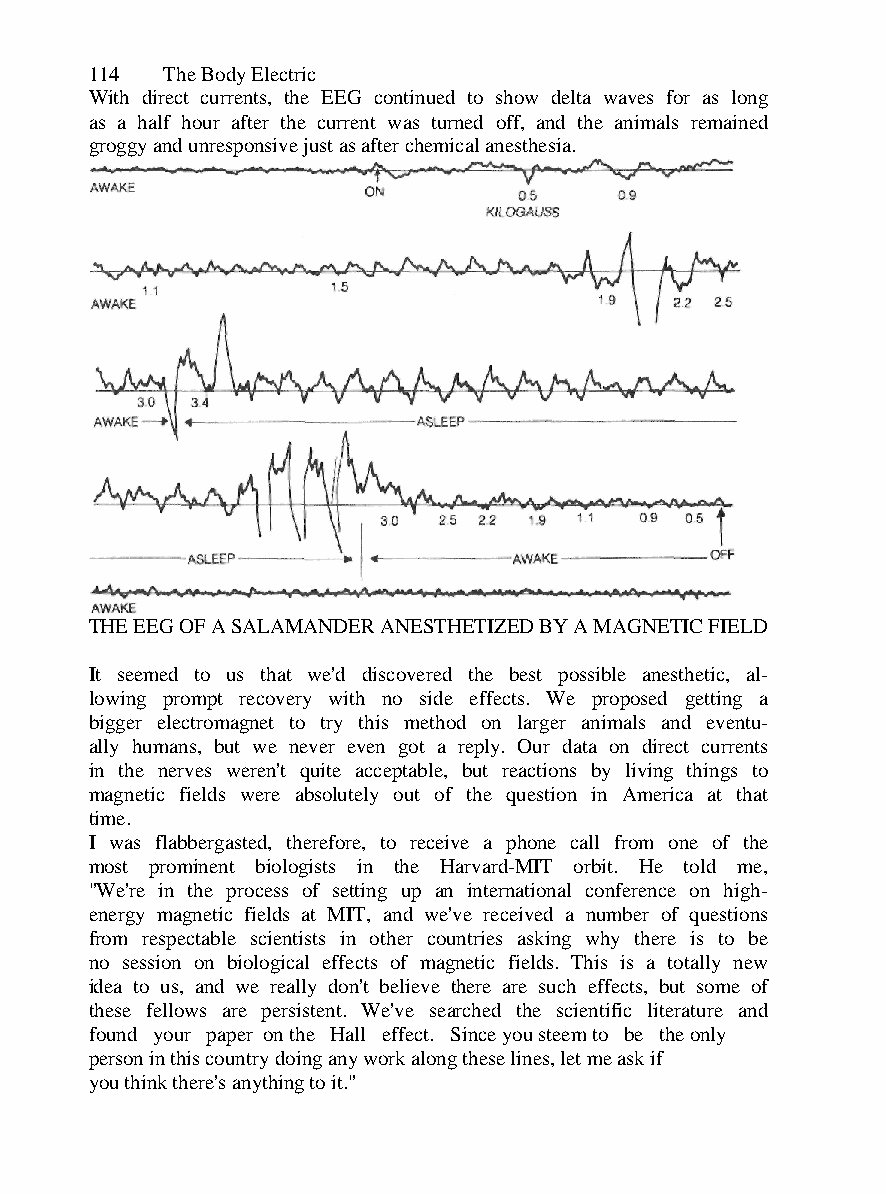
114  The Body Electric
 With direct currents, the EEG continued to show delta waves for as long
 as a half hour after the current was turned off, and the animals remained
 groggy and unresponsive just as after chemical anesthesia.
 THE EEG OF A SALAMANDER ANESTHETIZED BY A MAGNETIC FIELD
 It seemed to us that we'd discovered the best possible anesthetic, al-
 lowing prompt recovery with no side effects. We proposed getting a
 bigger electromagnet to try this method on larger animals and eventu-
 ally humans, but we never even got a reply. Our data on direct currents
 in the nerves weren't quite acceptable, but reactions by living things to
 magnetic fields were absolutely out of the question in America at that
 time.
 I was flabbergasted, therefore, to receive a phone call from one of the
 most prominent biologists in the Harvard-MIT orbit. He told me,
 "We're in the process of setting up an international conference on high-
 energy magnetic fields at MIT, and we've received a number of questions
 from respectable scientists in other countries asking why there is to be
 no session on biological effects of magnetic fields. This is a totally new
 idea to us, and we really don't believe there are such effects, but some of
 these fellows are persistent. We've searched the scientific literature and
 found your paper on the Hall effect. Since you steem to be the only
 person in this country doing any work along these lines, let me ask if
 you think there's anything to it."